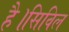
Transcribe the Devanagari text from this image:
है।सिविल